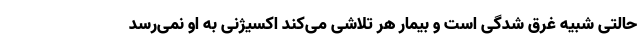
حالتی شبیه غرق‌ شدگی است و بیمار هر تلاشی می‌کند اکسیژنی به او نمی‌رسد